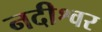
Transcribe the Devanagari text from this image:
नदीश्वर